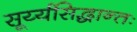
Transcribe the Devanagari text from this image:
सूर्य्यसिद्धान्तः